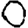
Digit: 0